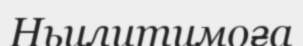
Ньилитимоға